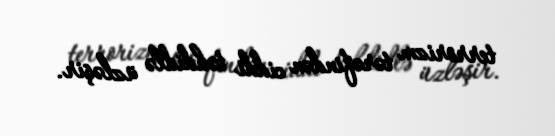
terrorizm tərəfindən ciddi təhdidlə üzləşir.